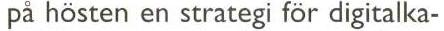
på hösten en strategi för digitalka-